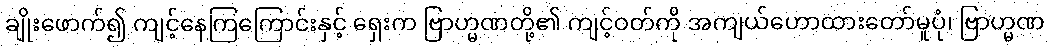
ချိုးဖောက်၍ ကျင့်နေကြကြောင်းနှင့် ရှေးက ဗြာဟ္မဏတို့၏ ကျင့်ဝတ်ကို အကျယ်ဟောထားတော်မူပုံ၊ ဗြာဟ္မဏ